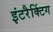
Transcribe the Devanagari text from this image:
इंटरैक्टिंग